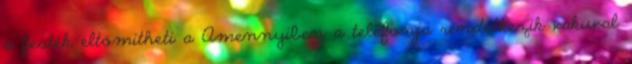
a festék eltömítheti a Amennyiben a telefonja rendelkezik vakuval